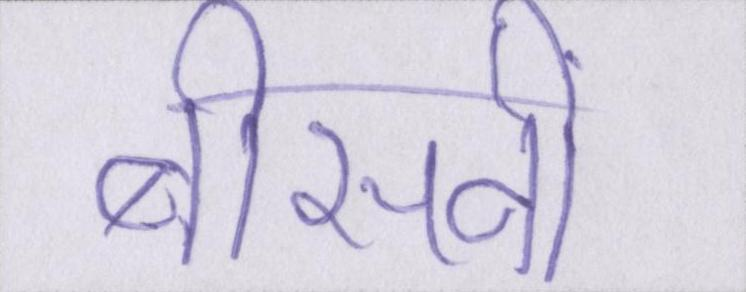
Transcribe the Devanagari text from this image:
बीसवीं